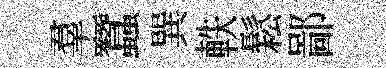
羣蠶巽軼鬆鄙